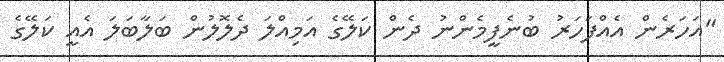
"އަހަރެން އެއްފަހަރު ބުނެފީމެންނު ދެން ކަލޭގެ އަމިއްލަ ދެލޮލުން ބަލާބަލަ އެއީ ކަލޭގެ